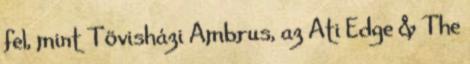
fel, mint Tövisházi Ambrus, az Ati Edge & The